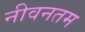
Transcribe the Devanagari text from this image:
नीवनतम